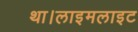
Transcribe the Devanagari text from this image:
था।लाइमलाइट